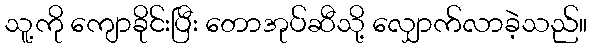
သူ့ကို ကျောခိုင်းပြီး တောအုပ်ဆီသို့ လျှောက်လာခဲ့သည်။